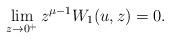
LaTeX: \begin{align*}\lim_{z\to0^+} z^{\mu-1}W_1(u,z)= 0.\end{align*}